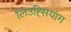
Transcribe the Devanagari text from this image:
लिउह्सियांग